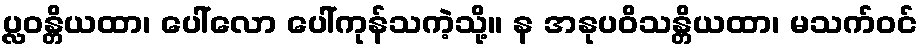
ပ္လဝန္တိယထာ၊ ပေါ်လော ပေါ်ကုန်သကဲ့သို့။ န အနုပဝိသန္တိယထာ၊ မသက်ဝင်